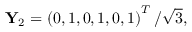
\begin{array} { r } { \mathbf { Y } _ { 2 } = \left( 0 , 1 , 0 , 1 , 0 , 1 \right) ^ { T } / \sqrt { 3 } , } \end{array}